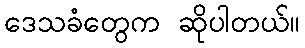
ဒေသခံတွေက ဆိုပါတယ်။